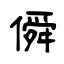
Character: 僢